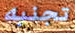
تجنبه